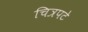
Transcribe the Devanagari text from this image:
चित्रपटे